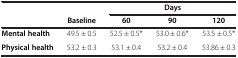
| <COLSPAN=2>  | <COLSPAN=3> Days |
 |  | Baseline | 60 | 90 | 120 |
 | --- | --- | --- | --- | --- |
 | Mental health | 49.5 ± 0.5 | 52.5 ± 0.5* | 53.0 ± 0.6* | 53.5 ± 0.5* |
 | Physical health | 53.2 ± 0.3 | 53.1 ± 0.4 | 53.2 ± 0.4 | 53.86 ± 0.3 |